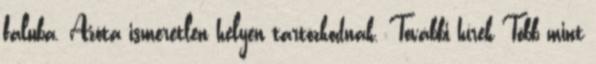
faluba. Azóta ismeretlen helyen tartózkodnak. További hírek Több mint